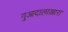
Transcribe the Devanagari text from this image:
गुआदालाख़ारा